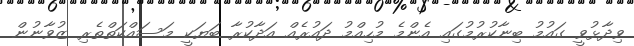
ވިދާޅުވީ ގައުމު ބިނާކުރުމުގައި އެންމެ މުހިއްމު ދައުރެއް އަދާކުރާ ބަޔަކީ މަސައްކަތްތެރި ޒުވާނުން